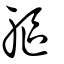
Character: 軀